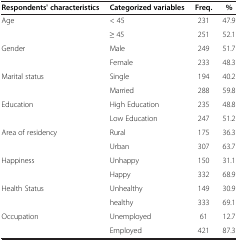
<table><thead><tr><td><b>Respondents&#x27; characteristics</b></td><td><b>Categorized variables</b></td><td><b>Freq.</b></td><td><b>%</b></td></tr></thead><tbody><tr><td>Age</td><td>&lt; 45</td><td>231</td><td>47.9</td></tr><tr><td> </td><td>≥ 45</td><td>251</td><td>52.1</td></tr><tr><td>Gender</td><td>Male</td><td>249</td><td>51.7</td></tr><tr><td> </td><td>Female</td><td>233</td><td>48.3</td></tr><tr><td>Marital status</td><td>Single</td><td>194</td><td>40.2</td></tr><tr><td> </td><td>Married</td><td>288</td><td>59.8</td></tr><tr><td>Education</td><td>High Education</td><td>235</td><td>48.8</td></tr><tr><td> </td><td>Low Education</td><td>247</td><td>51.2</td></tr><tr><td>Area of residency</td><td>Rural</td><td>175</td><td>36.3</td></tr><tr><td> </td><td>Urban</td><td>307</td><td>63.7</td></tr><tr><td>Happiness</td><td>Unhappy</td><td>150</td><td>31.1</td></tr><tr><td> </td><td>Happy</td><td>332</td><td>68.9</td></tr><tr><td>Health Status</td><td>Unhealthy</td><td>149</td><td>30.9</td></tr><tr><td> </td><td>healthy</td><td>333</td><td>69.1</td></tr><tr><td>Occupation</td><td>Unemployed</td><td>61</td><td>12.7</td></tr><tr><td> </td><td>Employed</td><td>421</td><td>87.3</td></tr></tbody></table>